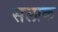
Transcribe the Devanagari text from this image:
सलाक